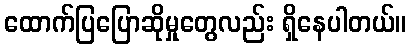
ထောက်ပြပြောဆိုမှုတွေလည်း ရှိနေပါတယ်။